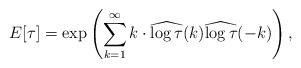
LaTeX: \begin{align*}E[\tau]=\exp \left( \sum_{k=1}^{\infty} k \cdot \widehat{\log\tau}(k)\widehat{\log\tau}(-k) \right),\end{align*}